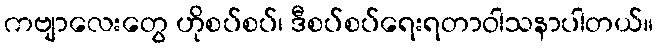
ကဗျာလေးတွေ ဟိုစပ်စပ်၊ ဒီစပ်စပ်ရေးရတာဝါသနာပါတယ်။